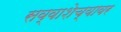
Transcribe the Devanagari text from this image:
सव्वाशेच्यावर